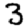
Digit: 3